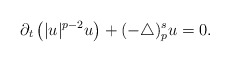
\begin{align*}\partial_t\left(|u|^{p-2}u\right)+(-\triangle)_p^s u=0.\end{align*}